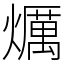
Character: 爄